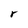
Character: r